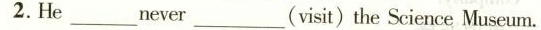
2.He___never___(visit)the Science Museum.